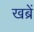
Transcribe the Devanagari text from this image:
खब्रें